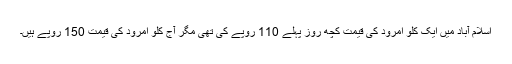
اسلام آباد میں ایک کلو امرود کی قیمت کچھ روز پہلے 110 روپے کی تھی مگر آج کلو امرود کی قیمت 150 روپے ہیں۔